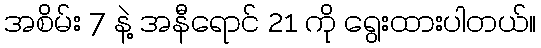
အစိမ်း 7 နဲ့ အနီရောင် 21 ကို ရွေးထားပါတယ်။